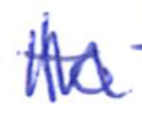
Text: to
Cross-out: mix
Writing tool: ballpoint